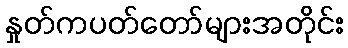
နှုတ်ကပတ်တော်များအတိုင်း